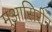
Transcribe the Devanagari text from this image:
मुआसिरीन